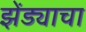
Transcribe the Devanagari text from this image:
झेंड्याचा